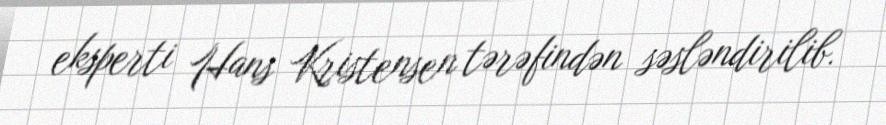
eksperti Hans Kristensen tərəfindən səsləndirilib.